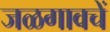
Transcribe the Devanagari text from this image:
जळगावचें